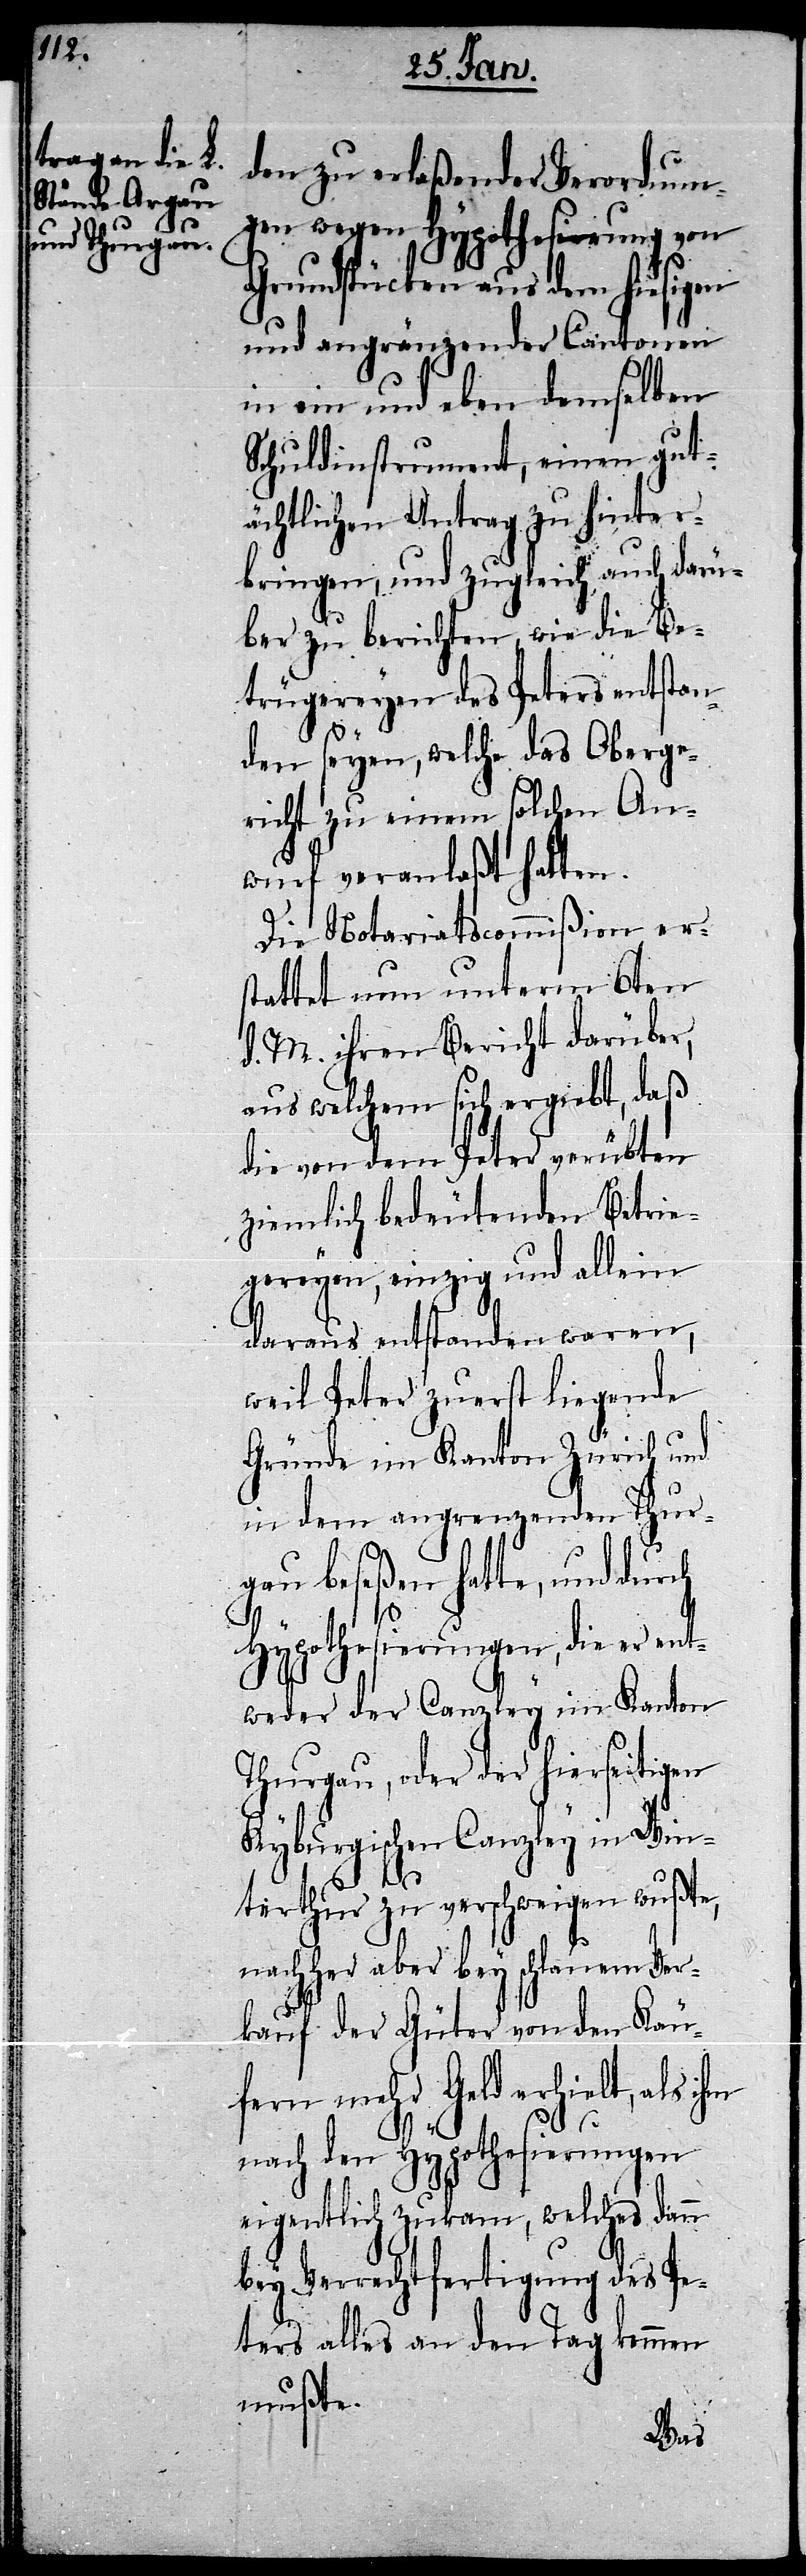
den zu erlaßender Verordnun¬
gen wegen Hypothesierung von
Grundstücken aus dem hiesigen
und angränzender Cantonen
in ein und eben demselben
Schuldinstrument, einen gut¬
ächtlichen Antrag zu hinter¬
bringen, und zugleich auch darü¬
ber zu berichten, wie die Be¬
trügereyen des Peters entstan¬
den seyen, welche das Oberge¬
richt zu einem solchen An¬
wurf veranlaßt hatten.
Die Notariatscommißion er¬
stattet nun unterm 6ten
d. M. ihren Bericht darüber,
aus welchem sich ergiebt, daß
die von dem Peter verübten
ziemlich bedeutenden Betrie¬
gereyen, einzig und allein
daraus entstanden waren,
weil Peter zuerst liegende
Gründe im Kanton Zürich und
in dem angrenzenden Thur¬
gau beseßen hatte, und durch
Hypothesierungen, die er ent¬
weder der Canzley im Kanton
Thurgau, oder der hierseitigen
Kyburgischen Canzley in Win¬
terthur zu verschweigen wußte,
nachher aber bey schlauem Ver¬
kauf der Güter von den Käu¬
fern mehr Geld erhielt, als ihm
nach den Hypothesierungen
eigentlich zukam, welches dann
Verrechtfertigung des P¬
eters alles an den Tag kommen
mußte.